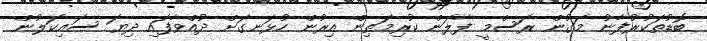
ބޮޑުތަކުރުފާނު މަގުން ރަސްމީ ފާލަން ކުރިމަތިން އިރުން ހުޅަނގަށް ދުއްވާފައި ދިޔަ ސައިކަލުން